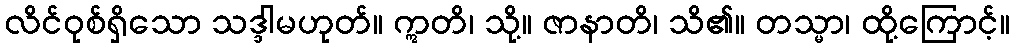
လိင်ဝုစ်ရှိသော သဒ္ဒါမဟုတ်။ ဣတိ၊ သို့။ ဇာနာတိ၊ သိ၏။ တသ္မာ၊ ထို့ကြောင့်။